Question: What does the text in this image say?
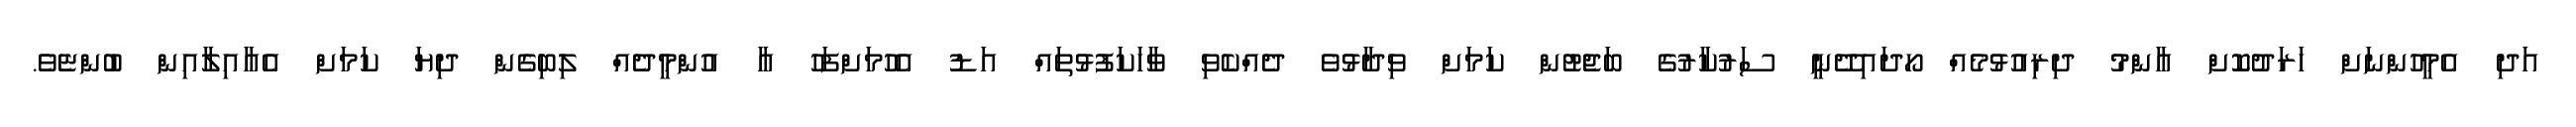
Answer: އަދި އެމީހުންނަށް ހަރަދުކޮށް އާންމު ދިރިއުޅުމެއް ހޯދައިދޭނީ ސަރުކާރުގެ ބަޖެޓުން ކަމަށް ވިދާޅުވެ ދެއްކެވި ވާހަކަފުޅުތައް އަޑު އެހުމަށްފަހު އާ އުންމީދެއް ލިބިގެން ދިޔަ ކަމަށް އެއާއިލާއިން ބުންޏެވެ.